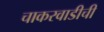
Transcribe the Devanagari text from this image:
चाकरवाडीची